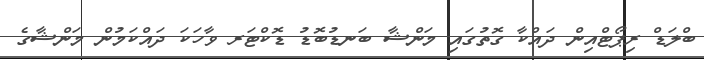
ބްލަޑް ރިޕޯޓްއިން ދައްކާ ގޮތުގައި މަންޝާ ބަނޑުބޮޑު ޑޮކްޓަރ ވާހަކަ ދައްކަމުން މަންޝާގެ